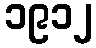
၁၉၁၂